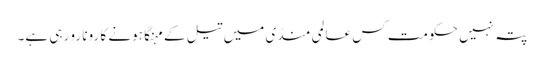
پتہ نہیں حکومت کس عالمی منڈی میں تیل کے مہنگا ہونے کا رونا رو رہی ہے۔